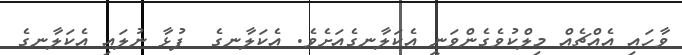
ވާހައި އެއްޗެއް މިލްކުވެގެންވަނީ އެކަލާނގެއަށެވެ. އެކަލާނގެ  ފުޅާ ނުލައި އެކަލާނގެ